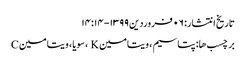
تاریخ انتشار: ۰۶ فروردین ۱۳۹۹ - ۱۴:۱۴
برچسب ها: پتاسیم ، ویتامین K ، سویا ، ویتامین C